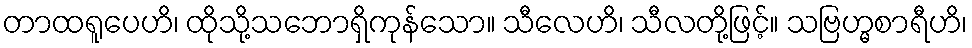
တာထရူပေဟိ၊ ထိုသို့သဘောရှိကုန်သော။ သီလေဟိ၊ သီလတို့ဖြင့်။ သဗြဟ္မစာရီဟိ၊